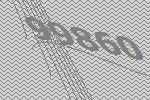
99860